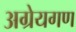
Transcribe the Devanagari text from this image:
अग्रेयगण